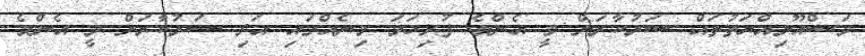
މަސްއޫލިއްޔަތުތައް ސަރުކާރަށް ވީ އެންމެ ފުރިހަމަ މިނެއްގައި އަދި ސަރުކާރަށް ވީ އެންމެ